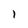
Character: 1